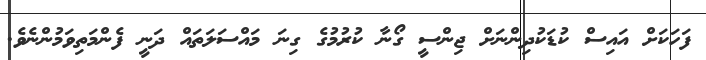
ފަހަކަށް އައިސް ކުޑަކުދިންނަށް ޖިންސީ ގޯނާ ކުރުމުގެ ގިނަ މައްސަލަތައް ދަނީ ފެންމަތިވަމުންނެވެ.